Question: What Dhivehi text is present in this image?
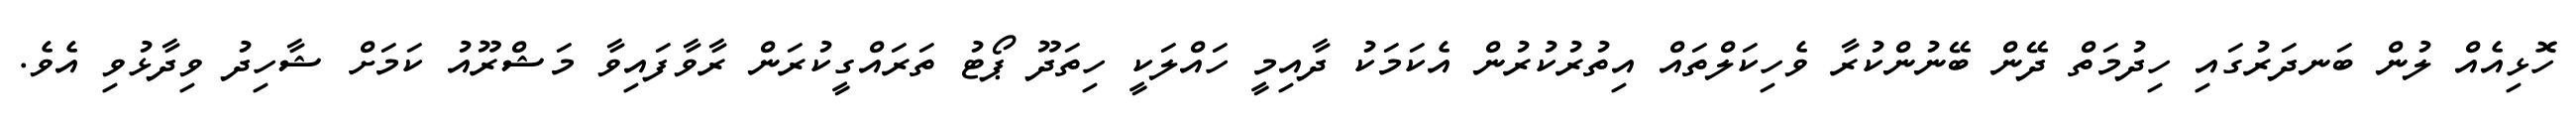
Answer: ހޮޅިއެއް ލުން ބަނދަރުގައި ހިދުމަތް ދޭން ބޭނުންކުރާ ވެހިކަލްތައް އިތުރުކުރުން އެކަމަކު ދާއިމީ ހައްލަކީ ހިތަދޫ ޕޯޓު ތަރައްގީކުރަން ރާވާފައިވާ މަޝްރޫއު ކަމަށް ޝާހިދު ވިދާޅުވި އެވެ.